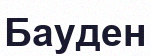
Бауден